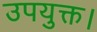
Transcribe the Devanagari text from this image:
उपयुक्त।